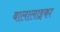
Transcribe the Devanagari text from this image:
बालालाइका